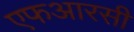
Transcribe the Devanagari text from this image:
एफआरसी